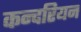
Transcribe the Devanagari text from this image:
कन्दरियन